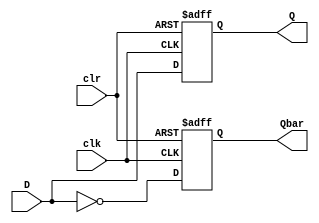
module DFF (
	input clk,    // Enable
	input clr,	 // Asynchronous clear
	input D,	 // Data input
	output Q,
	output Qbar
);

wire X, Y;
reg Q;
reg Qbar;

always @(posedge clk or negedge clr) 
begin 
	if(~clr) 
	begin
		Q <= 0;
		Qbar <= 1;
	end 
	else 
	begin
		Q <= D;
		Qbar <= ~D;
	end
end

endmodule